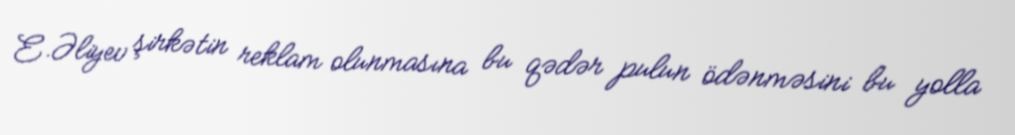
E.Əliyev şirkətin reklam olunmasına bu qədər pulun ödənməsini bu yolla